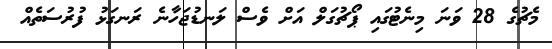
މެޗުގެ 28 ވަނަ މިނެޓުގައި ޕޯޗުގަލް އަށް ވެސް ލަނޑުޖަހާނެ ރަނގަޅު ފުރުސަތެއް